Leaving Certificate, 1897
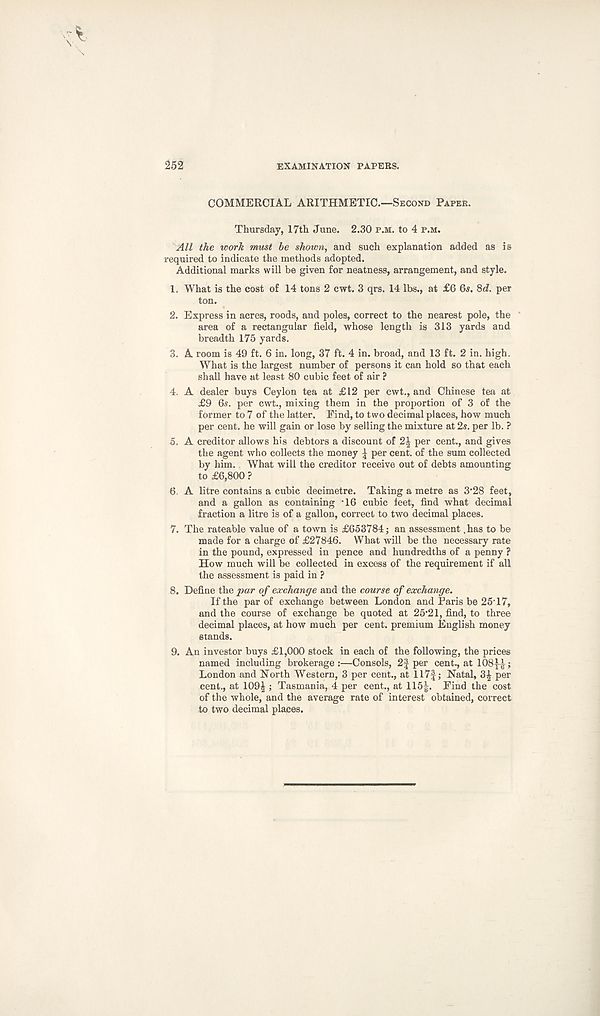
252
EXAMINATION PAPERS.
COMMERCIAL ARITHMETIC.—Second Paper.
Thursday, 17th June. 2.30 p.m. to 4 p.m.
All the work must be shown, and such explanation added as is
required to indicate the methods adopted.
Additional marks will be given for neatness, arrangement, and style.
1. What is the cost of 14 tons 2 cwt. 3 qrs. 14 lbs., at £6 6s. 8d. per
ton.
2. Express in acres, roods, and poles, correct to the nearest pole, the
area of a rectangular field, whose length is 313 yards and
breadth 175 yards.
3. A room is 49 ft. 6 in. long, 37 ft. 4 in. broad, and 13 ft. 2 in. high.
What is the largest number of persons it can hold so that each
shall have at least 80 cubic feet of air ?
4. A dealer buys Ceylon tea at £12 per cwt., and Chinese tea at
£9 6s. per cwt., mixing them in the proportion of 3 of the
former to 7 of the latter. Find, to two decimal places, how much
per cent, he will gain or lose by selling the mixture at 2s. per lb. ?
5. A creditor allows his debtors a discount of 2| per cent., and gives
the agent who collects the money ^ per cent, of the sum collected
by him. What will the creditor receive out of debts amounting
to £6,800 ?
6. A litre contains a cubic decimetre. Taking a metre as 3'28 feet,
and a gallon as containing -16 cubic feet, find what decimal
fraction a litre is of a gallon, correct to two decimal places.
7. The rateable value of a town is £653784; an assessment .has to be
made for a charge of £27846. What will be the necessary rate
in the pound, expressed in pence and hundredths of a penny ?
How much will be collected in excess of the requirement if all
the assessment is paid in ?
8. Define the par of exchange and the course of exchange.
If the par of exchange between London and Paris be 25'17,
and the course of exchange be quoted at 25'21, find, to three
decimal places, at how much per cent, premium English money
stands.
9. An investor buys £1,000 stock in each of the following, the prices
named including brokerage :—Consols, 2| per cent., at 108|-|;
London and North Western, 3 per cent., at 117|; Natal, 3| per
cent., at 109^ ; Tasmania, 4 per cent., at 115|. Find the cost
of the whole, and the average rate of interest obtained, correct
to two decimal places.